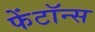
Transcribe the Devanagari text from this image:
फेंटॉन्स